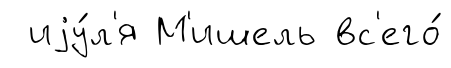
иjу́л'я М'ишель вс'его́